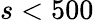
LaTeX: s<500